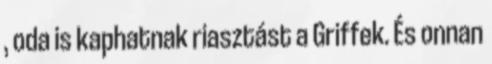
, oda is kaphatnak riasztást a Griffek. És onnan